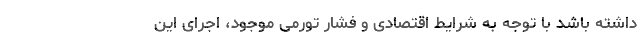
داشته باشد با توجه به شرایط اقتصادی و فشار تورمی موجود، اجرای این